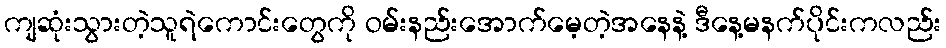
ကျဆုံးသွားတဲ့သူရဲကောင်းတွေကို ဝမ်းနည်းအောက်မေ့တဲ့အနေနဲ့ ဒီနေ့မနက်ပိုင်းကလည်း